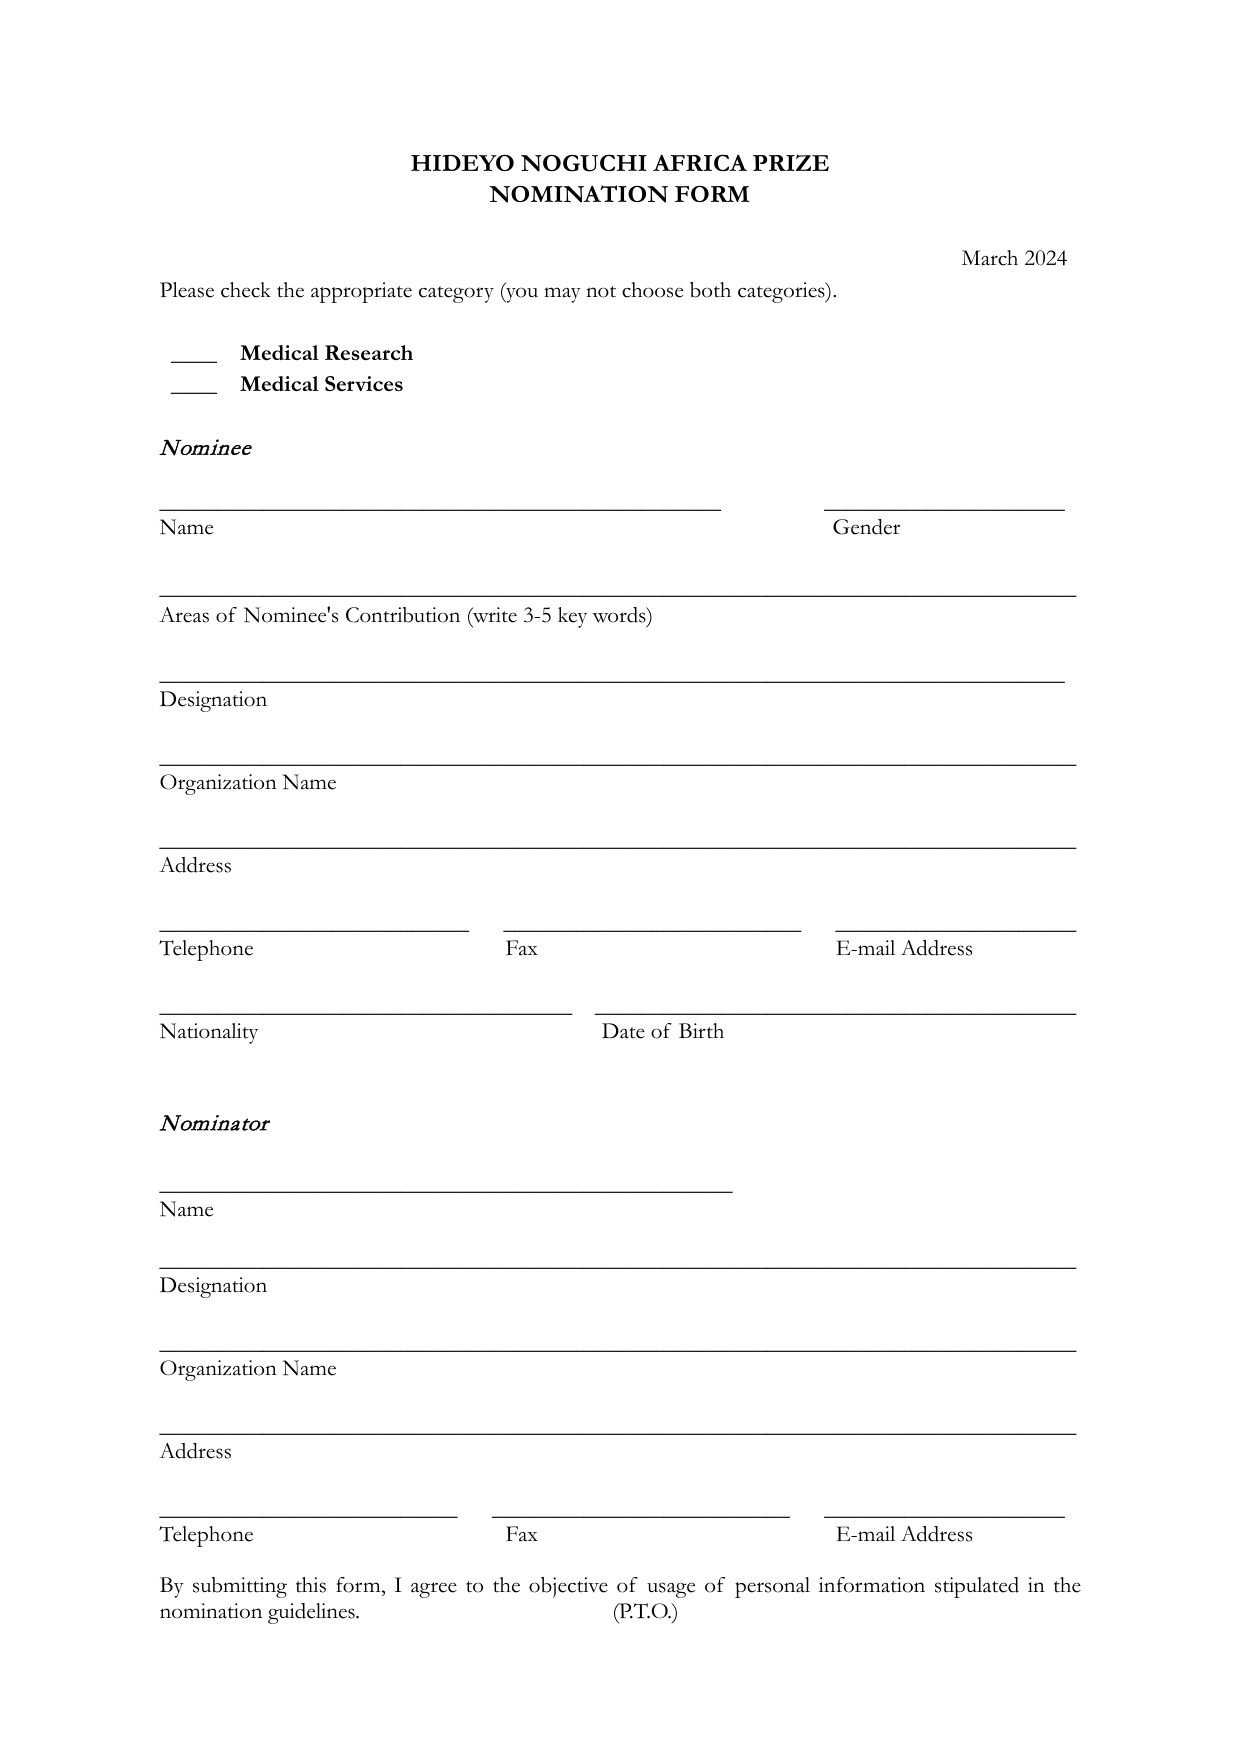
HIDEYO NOGUCHI AFRICA PRIZE
NOMINATION FORM

March 2024

Please check the appropriate category (you may not choose both categories).

____ Medical Research
____ Medical Services

Nominee

Name _________________________________________________________ Gender _______________

Areas of Nominee's Contribution (write 3-5 key words)
_______________________________________________________________________________________

Designation
_______________________________________________________________________________________

Organization Name
_______________________________________________________________________________________

Address
_______________________________________________________________________________________

Telephone _________________ Fax _________________ E-mail Address ___________________________

Nationality ________________________ Date of Birth ________________________

Nominator

Name _________________________________________________________

Designation
_______________________________________________________________________________________

Organization Name
_______________________________________________________________________________________

Address
_______________________________________________________________________________________

Telephone _________________ Fax _________________ E-mail Address ___________________________

By submitting this form, I agree to the objective of usage of personal information stipulated in the
nomination guidelines.
(P.T.O.)